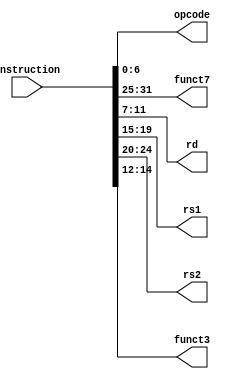
`timescale 1ns / 1ps
//////////////////////////////////////////////////////////////////////////////////
// Company: 
// Engineer: 
// 
// Design Name: 
// Module Name: Instruction_Parser
// Project Name: 
// Target Devices: 
// Tool Versions: 
// Description: 
// 
// Dependencies: 
// 
// Revision:
// Revision 0.01 - File Created
// Additional Comments:
// 
//////////////////////////////////////////////////////////////////////////////////


module Instruction_Parser(
    input [31:0] instruction,
    output [6:0] opcode, funct7,
    output [4:0] rd , rs1 , rs2,
    output [2:0] funct3 

);

    assign opcode = instruction[6:0];
    assign rd = instruction[11:7];
    assign funct3 = instruction[14:12];
    assign rs1 = instruction[19:15];
    assign rs2 = instruction[24:20];
    assign funct7 = instruction[31:25];
    
    endmodule